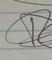
Signature authenticity: forged